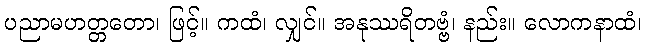
ပညာမဟတ္တတော၊ ဖြင့်။ ကထံ၊ လျှင်။ အနုဿရိတဗ္ဗံ၊ နည်း။ လောကနာထံ၊